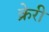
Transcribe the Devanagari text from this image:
क्रेरी